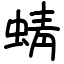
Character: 蜻